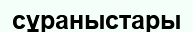
сұраныстары